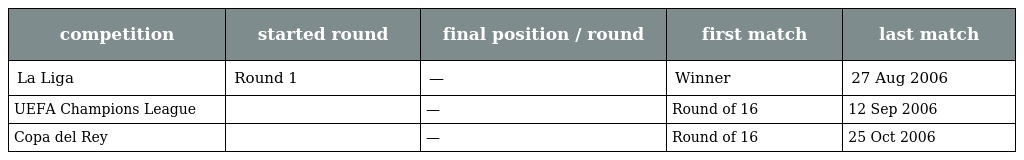
| competition | started round | final position / round | first match | last match |
 | --- | --- | --- | --- | --- |
 | La Liga | Round 1 | — | Winner | 27 Aug 2006 |
 | UEFA Champions League |  | — | Round of 16 | 12 Sep 2006 |
 | Copa del Rey |  | — | Round of 16 | 25 Oct 2006 |